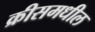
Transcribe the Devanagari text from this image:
क्रीसमधील